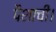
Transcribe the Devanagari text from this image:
पैशाची।